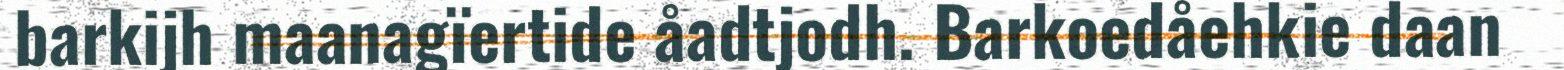
barkijh maanagïertide åadtjodh. Barkoedåehkie daan